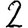
Digit: 2